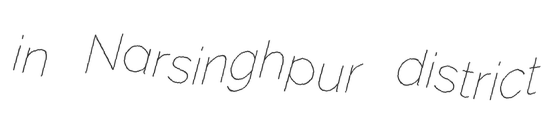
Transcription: in Narsinghpur district